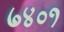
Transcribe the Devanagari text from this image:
७४०१